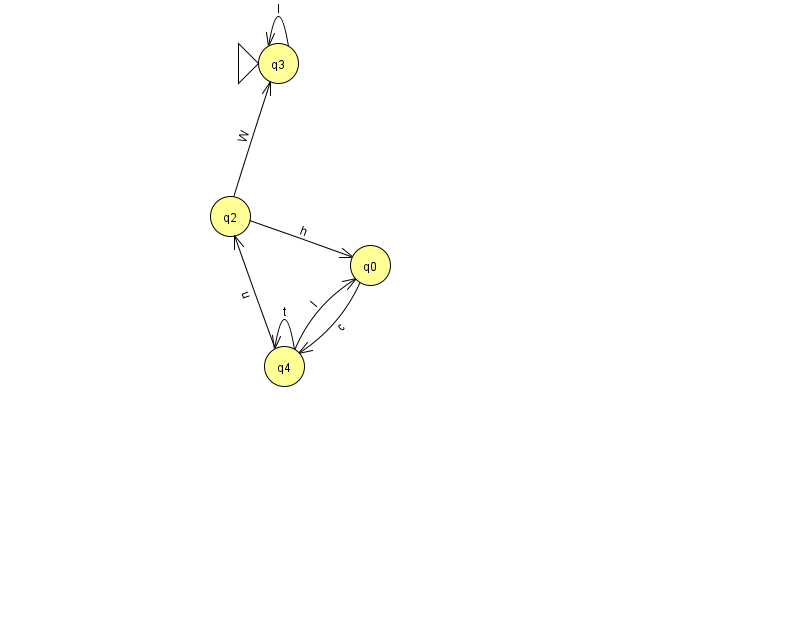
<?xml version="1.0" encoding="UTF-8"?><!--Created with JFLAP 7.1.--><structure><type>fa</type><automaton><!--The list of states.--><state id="0" name="q0"><x>370.0</x><y>252.0</y></state><state id="2" name="q2"><x>230.0</x><y>203.0</y></state><state id="3" name="q3"><x>278.0</x><y>50.0</y><initial/></state><state id="4" name="q4"><x>284.0</x><y>353.0</y></state><!--The list of transitions.--><transition><from>4</from><to>4</to><read>t</read></transition><transition><from>2</from><to>0</to><read>h</read></transition><transition><from>4</from><to>2</to><read>u</read></transition><transition><from>4</from><to>0</to><read>I</read></transition><transition><from>3</from><to>3</to><read>l</read></transition><transition><from>0</from><to>4</to><read>c</read></transition><transition><from>2</from><to>3</to><read>W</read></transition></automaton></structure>